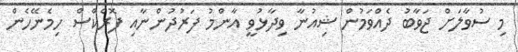
މި ސުވާލަށް ޖަވާބު ދެއްވަމުން ޝިއުނާ ވިދާޅުވީ އާންމު ފަރުދުންނާއި ފޮރެކްސް ހިމެނޭހެން